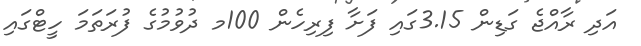
އަދި ރާއްޖެ ގަޑިން 3.15ގައި ފަށާ ފިރިހެން 100މ ދުވުމުގެ ފުރަތަމަ ހީޓްގައި